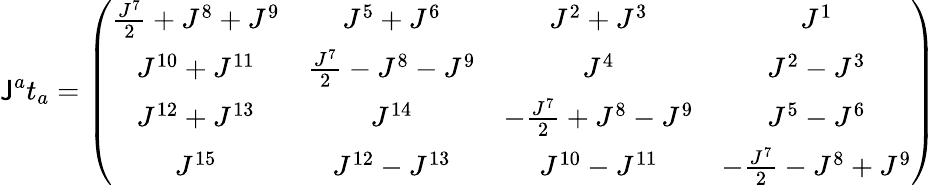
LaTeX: \mathsf{J}^{a}t_{a}=\left(\begin{array}{cccc}{{\frac{J^{7}}{2}+J^{8}+J^{9}}}&{{J^{5}+J^{6}}}&{{J^{2}+J^{3}}}&{{J^{1}}}\\ {{J^{10}+J^{11}}}&{{\frac{J^{7}}{2}-J^{8}-J^{9}}}&{{J^{4}}}&{{J^{2}-J^{3}}}\\ {{J^{12}+J^{13}}}&{{J^{14}}}&{{-\frac{J^{7}}{2}+J^{8}-J^{9}}}&{{J^{5}-J^{6}}}\\ {{J^{15}}}&{{J^{12}-J^{13}}}&{{J^{10}-J^{11}}}&{{-\frac{J^{7}}{2}-J^{8}+J^{9}}}\end{array}\right)